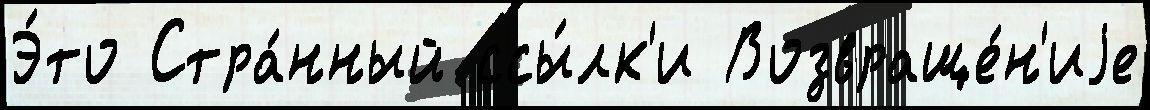
Э́то Стра́нный ссы́лк'и Возвраще́н'иjе